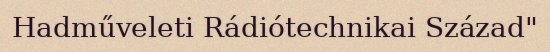
Hadműveleti Rádiótechnikai Század"